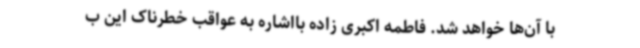
با آن‌ها خواهد شد. فاطمه اکبری زاده بااشاره به عواقب خطرناک این ب